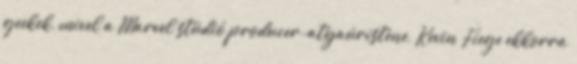
geekek, mivel a Marvel stúdió producer-atyaúristene, Kevin Fiege ekkorra